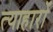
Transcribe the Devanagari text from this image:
त्याहारों